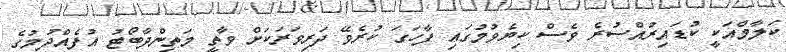
ކަލާމްއަކީ ކުޑައިރުއްސުރެ ވެސް ކިޔެވުމުގައި ފާހަގަ ކުރެވޭ ދަރިވަރަކަށް ވާތީ މަތިންދާބޯޓު އުފެއްދުމުގެ